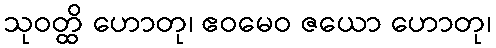
သုဝတ္ထိ ဟောတု၊ ဧဝမေဝ ဇယော ဟောတု၊